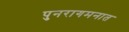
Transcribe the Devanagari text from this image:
पुनरागमनात